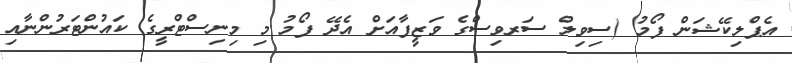
އެޕްލިކޭޝަން ފޯމު (ސިވިލް ސަރވިސްގެ ވަޒީފާއަށް އެދޭ ފޯމު މި މިނިސްޓްރީގެ ކައުންޓަރުންނާއި